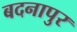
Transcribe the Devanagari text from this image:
बदनापुर